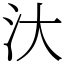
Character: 汏